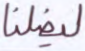
ليضلنا